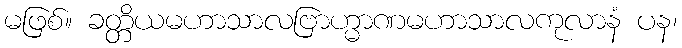
မဖြစ်။ ခတ္တိယမဟာသာလဗြာဟ္မာဏမဟာသာလကုလာနံ ပန၊